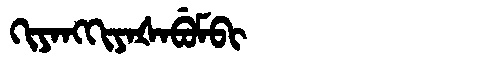
Manchu: ᡴᡳᠶᠠᠩᡴᡳᠶᠠᡧᠠᠪᡠᠮᠪᡳ
Romanization: KIYANGKIYAŠABUMBI